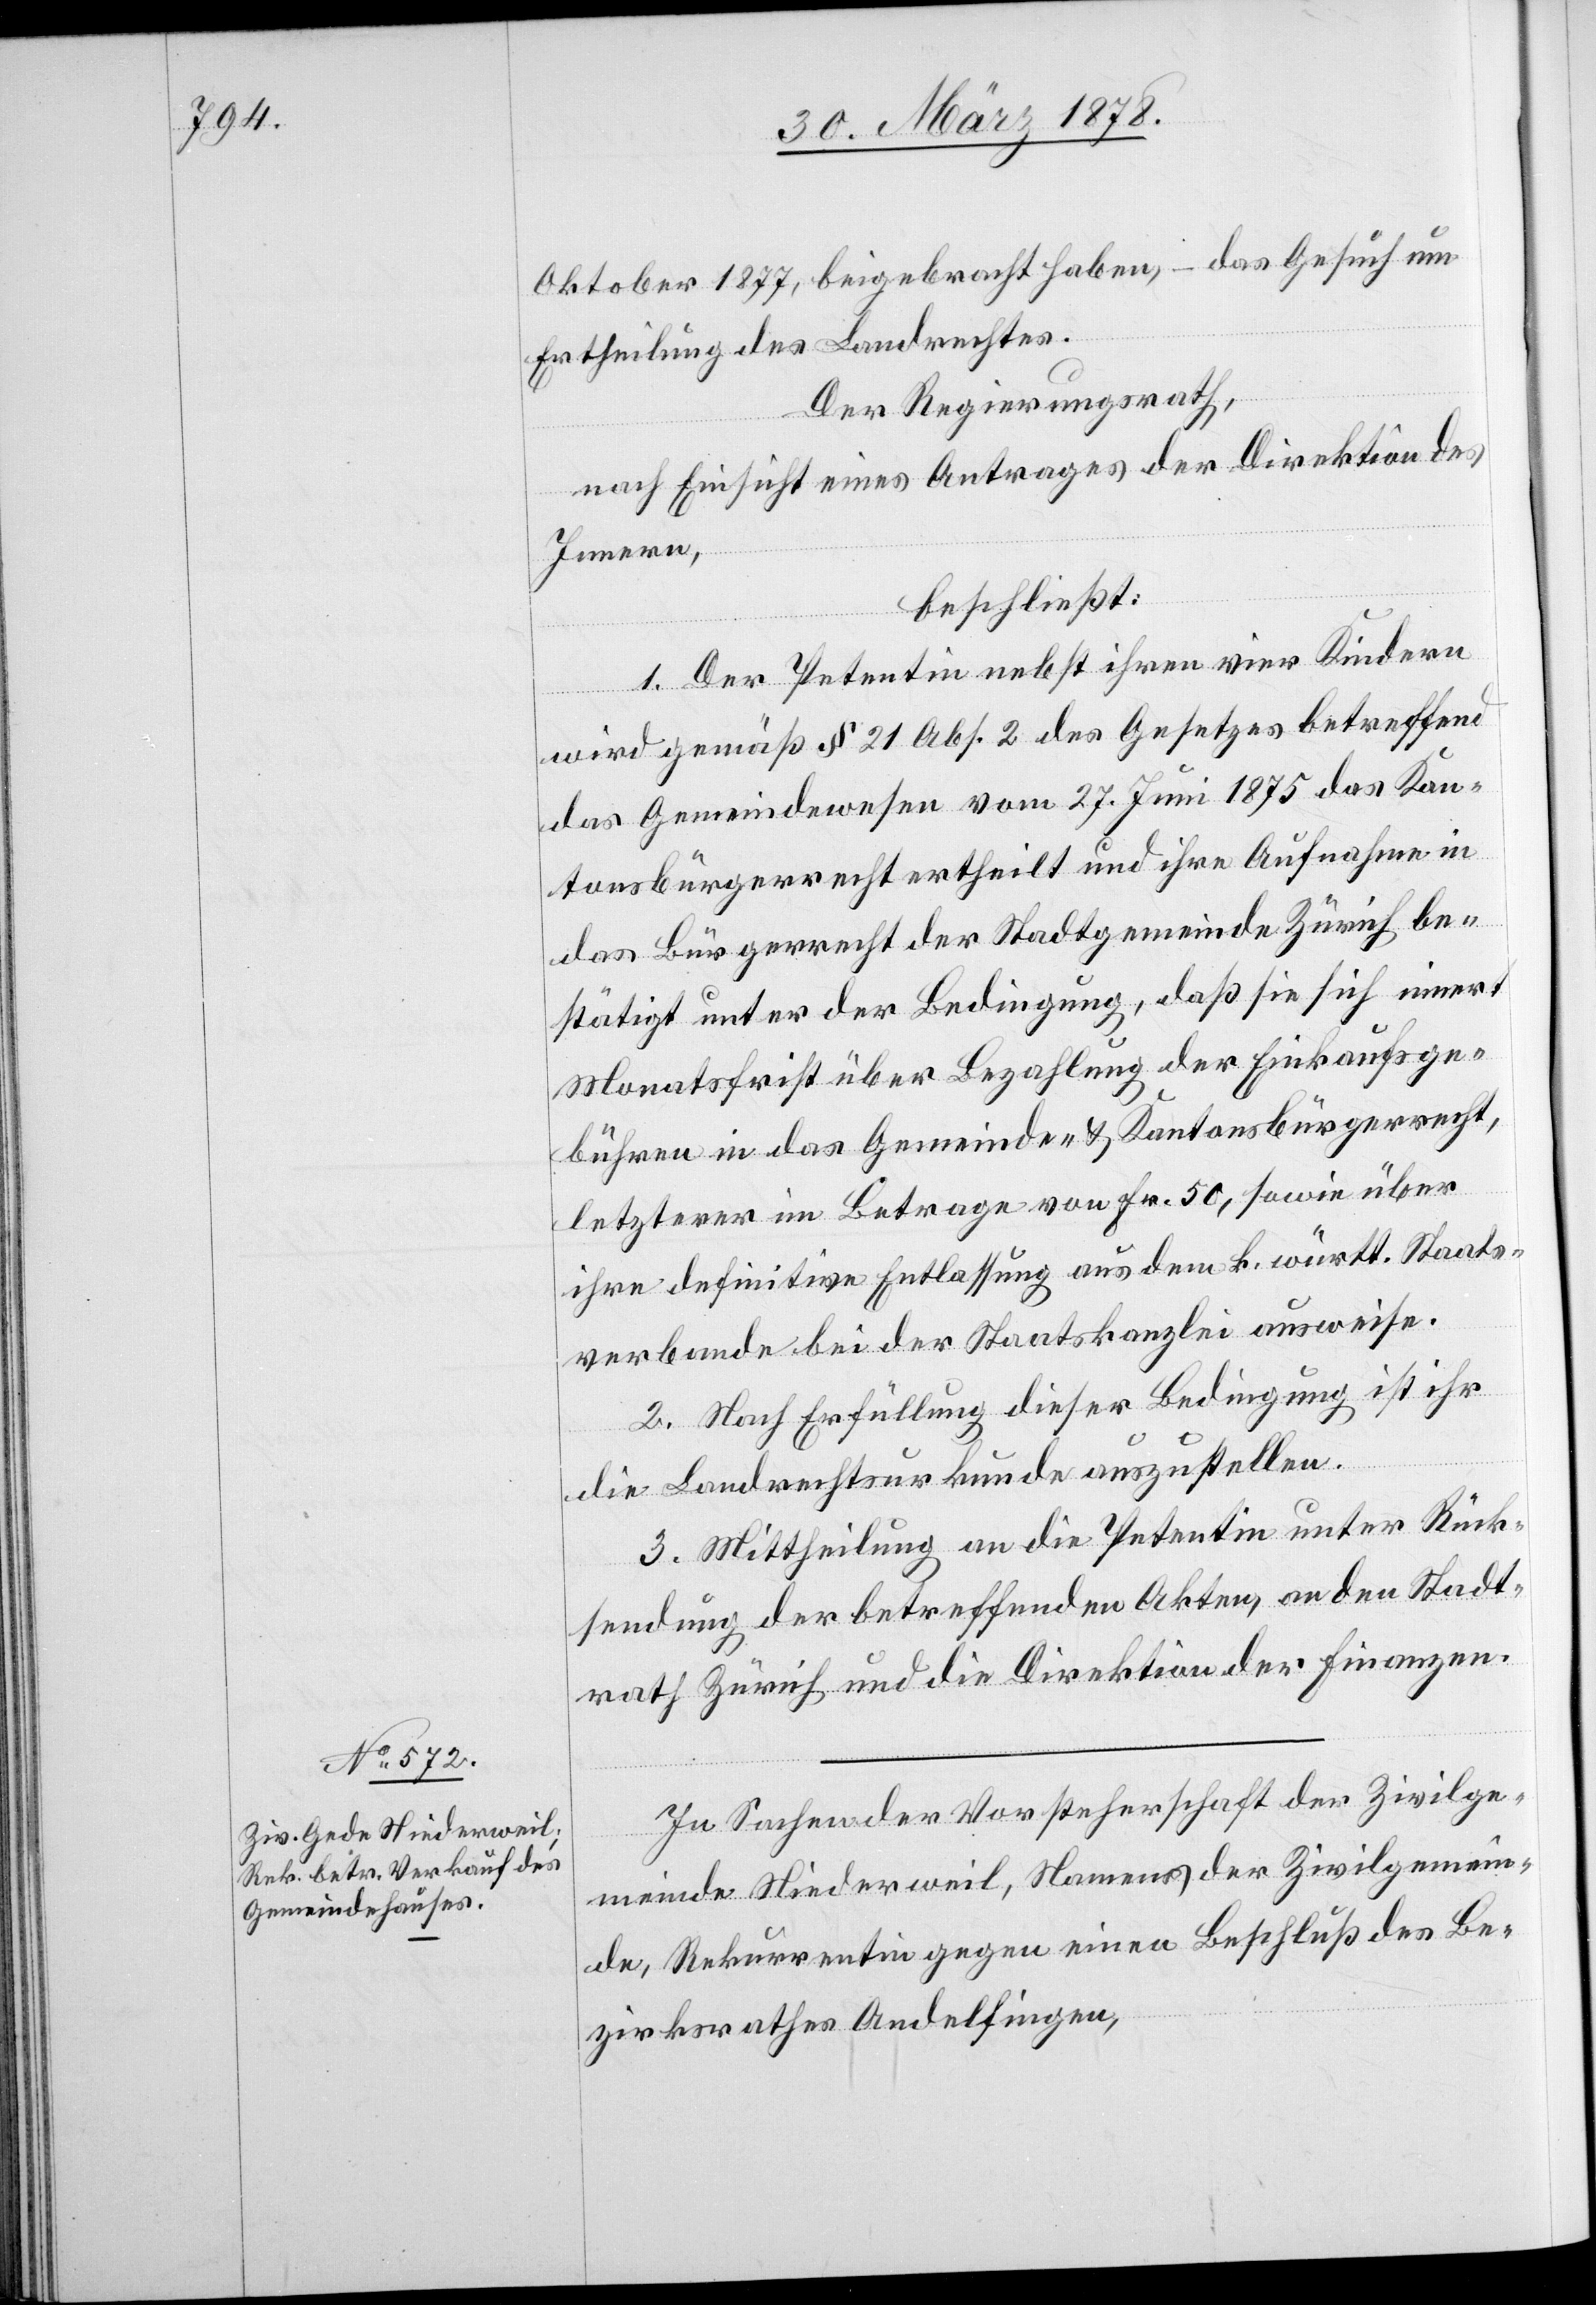
Oktober 1877, beigebracht haben, – das Gesuch um
Ertheilung des Landrechtes.
Der Regierungsrath,
nach Einsicht eines Antrages der Direktion des
Innern,
beschließt:
1. Der Petentin nebst ihren vier Kindern
wird gemäß § 21 Abs. 2 des Gesetzes betreffend
das Gemeindewesen vom 27. Juni 1875 das Kan¬
tonsbürgerrecht ertheilt und ihre Aufnahme in
das Bürgerrecht der Stadtgemeinde Zürich be¬
stätigt unter der Bedingung, daß sie sich innert
Monatsfrist über Bezahlung der Einkaufsge¬
bühren in das Gemeinde- & Kantonsbürgerrecht,
letzterer im Betrage von Fr. 50, sowie über
ihre definitive Entlassung aus dem k. württ. Staats¬
verbande bei der Staatskanzlei ausweise.
2. Nach Erfüllung dieser Bedingung ist ihr
die Landrechtsurkunde auszustellen.
3. Mittheilung an die Petentin unter Rück¬
sendung der betreffenden Akten, an den Stadt¬
rath Zürich und die Direktion der Finanzen.
In Sachen der Vorsteherschaft der Zivilge¬
meinde Niederweil, Namens der Zivilgemein¬
de, Rekurrentin gegen einen Beschluß des Be¬
zirksrathes Andelfingen,